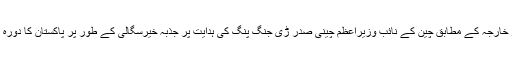
ترجما ن دفتر خارجہ کے مطابق چین کے نائب وزیراعظم چینی صدر ڑی جنگ پنگ کی ہدایت پر جذبہ خیرسگالی کے طور پر پاکستان کا دورہ کررہے ہیں ۔